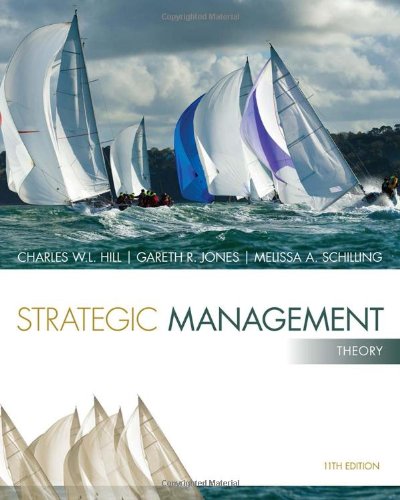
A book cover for Strategic Management: Theory: An Integrated Approach; Charles W. L. Hill; Business & Money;